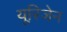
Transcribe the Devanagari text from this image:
यूरिजेन